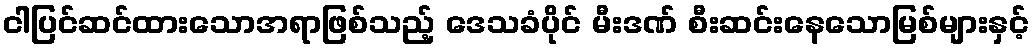
ငါပြင်ဆင်ထားသောအရာဖြစ်သည့် ဒေသခံပိုင် မီးဒဏ် စီးဆင်းနေသောမြစ်များနှင့်